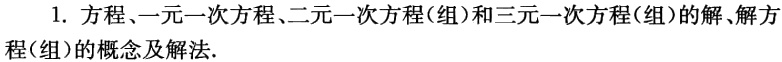
1. 方程、一元一次方程、二元一次方程(组)和三元一次方程(组)的解、解方 程(组)的概念及解法.